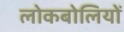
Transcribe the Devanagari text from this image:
लोकबोलियों